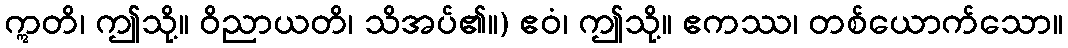
ဣတိ၊ ဤသို့။ ဝိညာယတိ၊ သိအပ်၏။) ဧဝံ၊ ဤသို့။ ဧကဿ၊ တစ်ယောက်သော။